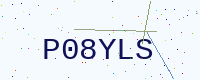
Text: P08YLS